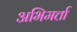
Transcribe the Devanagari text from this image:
अभिमर्त्ता